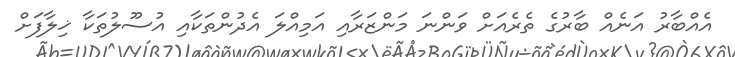
އެއްބާރު އަނެއް ބާރުގެ ތެރެއަށް ވަންނަ މަންޒަރާއި އަމިއްލަ އެދުންތަކާއި އުސޫލުތަކާ ޚިލާފަށް